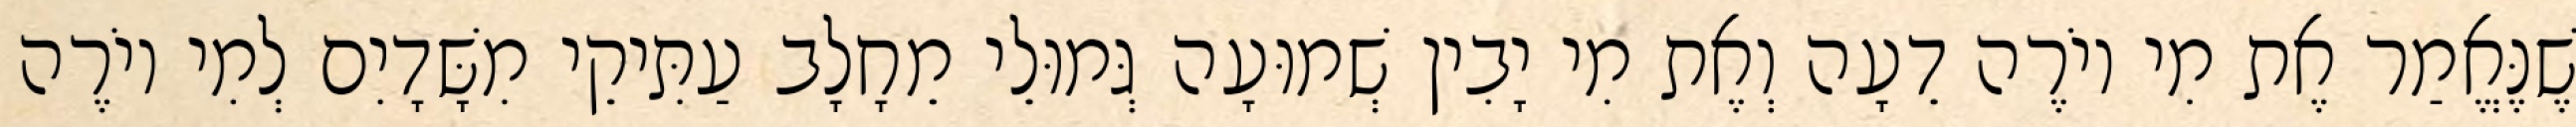
שֶׁנֶּאֱמַר אֶת מִי יוֹרֶה דֵעָה וְאֶת מִי יָבִין שְׁמוּעָה גְּמוּלֵי מֵחָלָב עַתִּיקֵי מִשָּׁדָיִם לְמִי יוֹרֶה